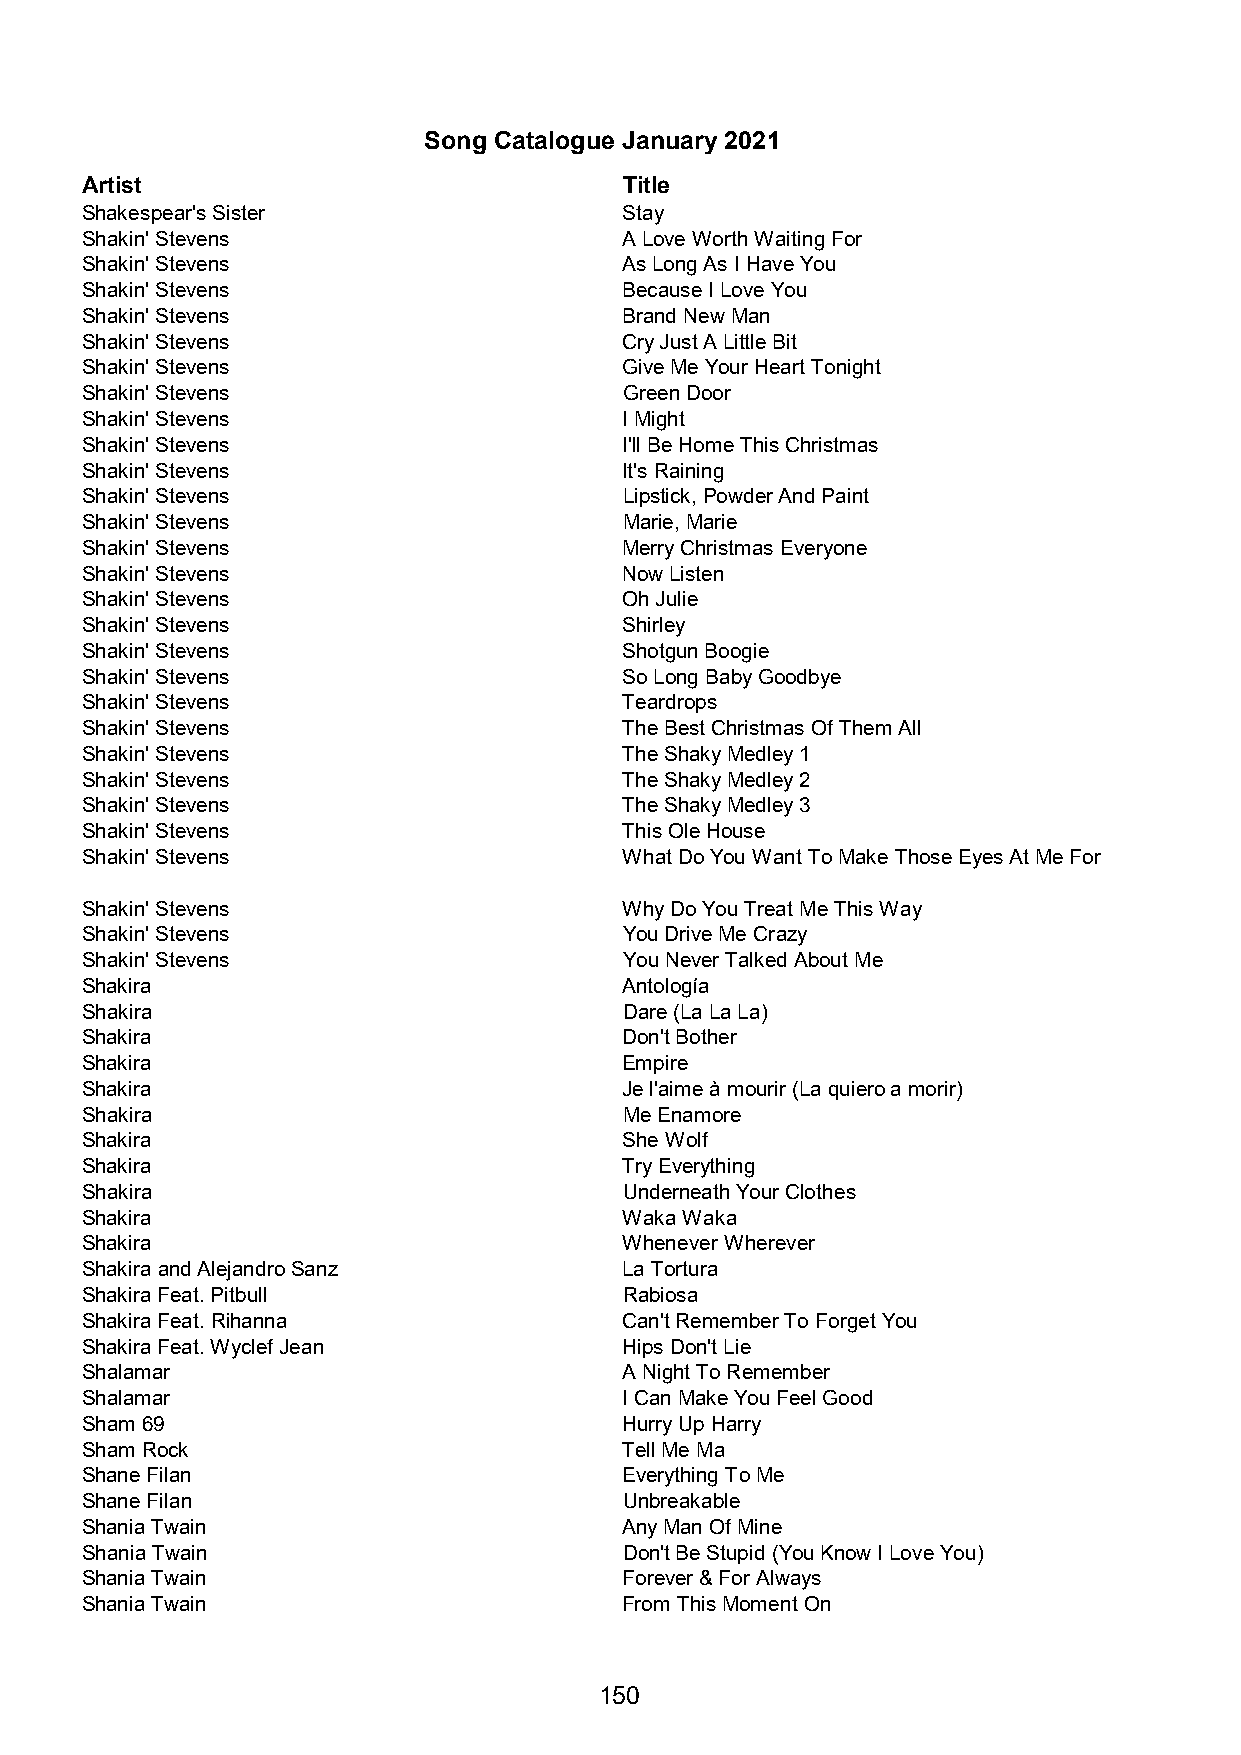
Song Catalogue January 2021
 Artist                              Title
 Shakespear's Sister                 Stay
 Shakin' Stevens                     A Love Worth Waiting For
 Shakin' Stevens                     As Long As I Have You
 Shakin' Stevens                     Because I Love You
 Shakin' Stevens                     Brand New Man
 Shakin' Stevens                     Cry Just A Little Bit
 Shakin' Stevens                     Give Me Your Heart Tonight
 Shakin' Stevens                     Green Door
 Shakin' Stevens                     I Might
 Shakin' Stevens                     I'll Be Home This Christmas
 Shakin' Stevens                     It's Raining
 Shakin' Stevens                     Lipstick, Powder And Paint
 Shakin' Stevens                     Marie, Marie
 Shakin' Stevens                     Merry Christmas Everyone
 Shakin' Stevens                     Now Listen
 Shakin' Stevens                     Oh Julie
 Shakin' Stevens                     Shirley
 Shakin' Stevens                     Shotgun Boogie
 Shakin' Stevens                     So Long Baby Goodbye
 Shakin' Stevens                     Teardrops
 Shakin' Stevens                     The Best Christmas Of Them All
 Shakin' Stevens                     The Shaky Medley 1
 Shakin' Stevens                     The Shaky Medley 2
 Shakin' Stevens                     The Shaky Medley 3
 Shakin' Stevens                     This Ole House
 Shakin' Stevens                     What Do You Want To Make Those Eyes At Me For
 Shakin' Stevens                     Why Do You Treat Me This Way
 Shakin' Stevens                     You Drive Me Crazy
 Shakin' Stevens                     You Never Talked About Me
 Shakira                             Antología
 Shakira                             Dare (La La La)
 Shakira                             Don't Bother
 Shakira                             Empire
 Shakira                             Je l'aime à mourir (La quiero a morir)
 Shakira                             Me Enamore
 Shakira                             She Wolf
 Shakira                             Try Everything
 Shakira                             Underneath Your Clothes
 Shakira                             Waka Waka
 Shakira                             Whenever Wherever
 Shakira and Alejandro Sanz          La Tortura
 Shakira Feat. Pitbull               Rabiosa
 Shakira Feat. Rihanna               Can't Remember To Forget You
 Shakira Feat. Wyclef Jean           Hips Don't Lie
 Shalamar                            A Night To Remember
 Shalamar                            I Can Make You Feel Good
 Sham 69                             Hurry Up Harry
 Sham Rock                           Tell Me Ma
 Shane Filan                         Everything To Me
 Shane Filan                         Unbreakable
 Shania Twain                        Any Man Of Mine
 Shania Twain                        Don't Be Stupid (You Know I Love You)
 Shania Twain                        Forever & For Always
 Shania Twain                        From This Moment On
 150